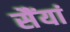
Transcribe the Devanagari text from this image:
सैंयां